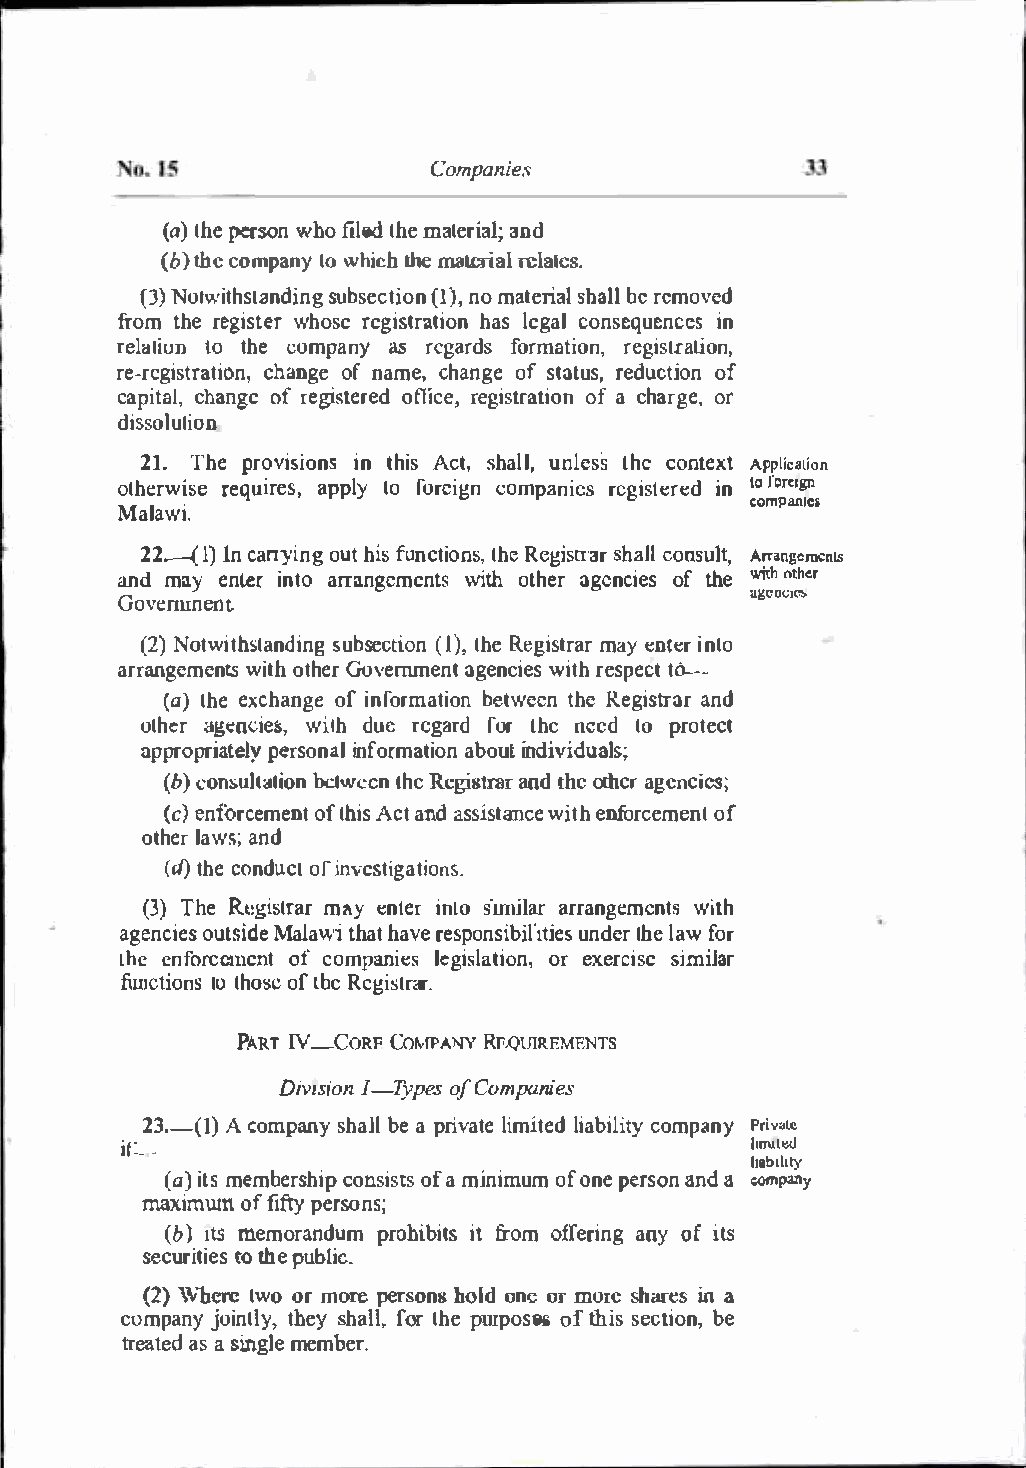
Copmanies
 (at)h peer sownh ofi led tmhael erainadl ;
 (bth)e c ompalnowy h ichlh ema LCrial TClalcs.
 (J)  Notwitshusbtsaenc(dt1iinn)oog,mn a terisahlabl el removed
 fromt her egiswtheors e regihsatslr eagtcaiolon ns equeinnc es
 rellctiutno theco mpany as regardfsor mationr,e gistration,
 re-registratoifon na,m ec,ch haannoggfee straetduusc,to ifo n
 capitcalh,a ngofe r egisteorffiecder ,e gistraotfia on c harogre ,
 dissloulion
 21.Th ep rovisiinot nhsiA sc ts,h lalu,n lessc onltexhtc A. pplicalion
 forc•gn
 otherwreiqusiree s, appllyo f oreignc ompaneisr egisteirne d10
 companle&
 Malawi.
 22..--(1 I)n c arryionuhgti fsu ncttiohRnecs g,is rsrharac loln su)Arratn,g cmcniS
 and maye nteri ntaorr angemewnitthso thearg encoifet sh ewi tho ther
 "¥CllCJ�
 Govenueon t.
 (2N)o twtih stiannsgdu s bect(i1)o , tn h Ree gismtaryae nrt eirln o
 arrangemweinttsoh t hGeorv ernment agweintchi erse spect t6--
 (al)h eex chaonfgi eno frmatbieotnw eenR etghies trar and
 olhearg enciweist,dh u er egarfdo rl hcn eedto protect
 appropripaeternlsyaoi ln formaabtoiiuonlnd ividuals;
 (bc)o nusltalbcilownc cnl hRcc gislanlnrdt heo rhcarg einesc;
 (ce)n forceomfte hnAitcs t aansds iswtanicteehno frcemoefn t
 othlearw asn;d
 (cl)t hceo ndoucrit n vesitoingsa.t
 (3T)h eR t.:gismtaryea ntre ri ntos imHaarr rgaenmenwtist h
 agencoiuetssM iadlea �t'hiaht a vree sponsiubnidlelihrtel iaewosr f
 thee nforcement ofc ompan ies legislateixeorcnie,s siomri lar
 functiotnhso sleto bRoccf g is<�rt.r
 PARTI V-C ORF COMPANY Rr�QtJIRF.MENTS
 Divi1s-iyTopne osfC ompanies
 23.-A( c1o)m pansyh abJeaI p rivlaitmei ltieadb icloimtpya nPryi v3le
 if--_                                     hrrultl{]
 hlblbty
 (a) miemtbse rscohnispi sotfs m aj nimoufmo npee rsaonnda �pmy
 rnaximwno ffi fty peorsns;
 (b1)ts m emorandpurmo hiibtifrt osm o ffnegra inyo fi ts
 seciutritoeth se p ublic.
 (2)\\t'herc lwo or morep ersohnoslo dn e moor resh aresin a
 compajnoyi ntlhleysy,h alfolrl, hpuer posoesf th iss ectiboen ,
 treataesa ds inglem ember.